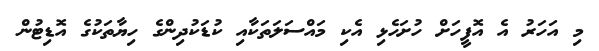
މި އަހަރު އެ އޮފީހަށް ހުށަހެޅި އެކި މައްސަލަތަކާއި ކުޑަކުދިންގެ ހިޔާތަކުގެ އޮޑިޓުން